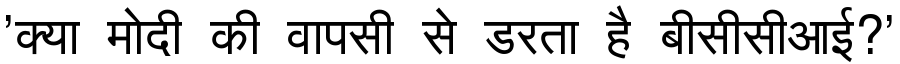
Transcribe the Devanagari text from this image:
'क्या मोदी की वापसी से डरता है बीसीसीआई?'